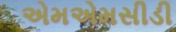
એમએમસીડી